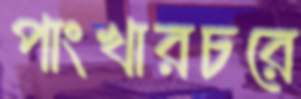
পাংখারচরে